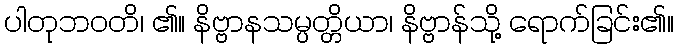
ပါတုဘဝတိ၊ ၏။ နိဗ္ဗာနသမ္ပတ္တိယာ၊ နိဗ္ဗာန်သို့ ရောက်ခြင်း၏။